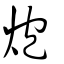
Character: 炮